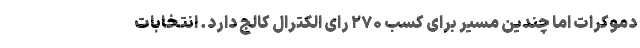
دموکرات اما چندین مسیر برای کسب ۲۷۰ رای الکترال کالج دارد. انتخابات